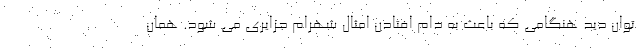
توان دید هنگامی که باعث به دام افتادن امثال شهرام جزایری می شود. همان